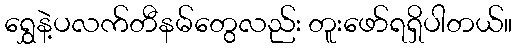
ရွှေနဲ့ပလက်တီနမ်တွေလည်း တူးဖော်ရရှိပါတယ်။